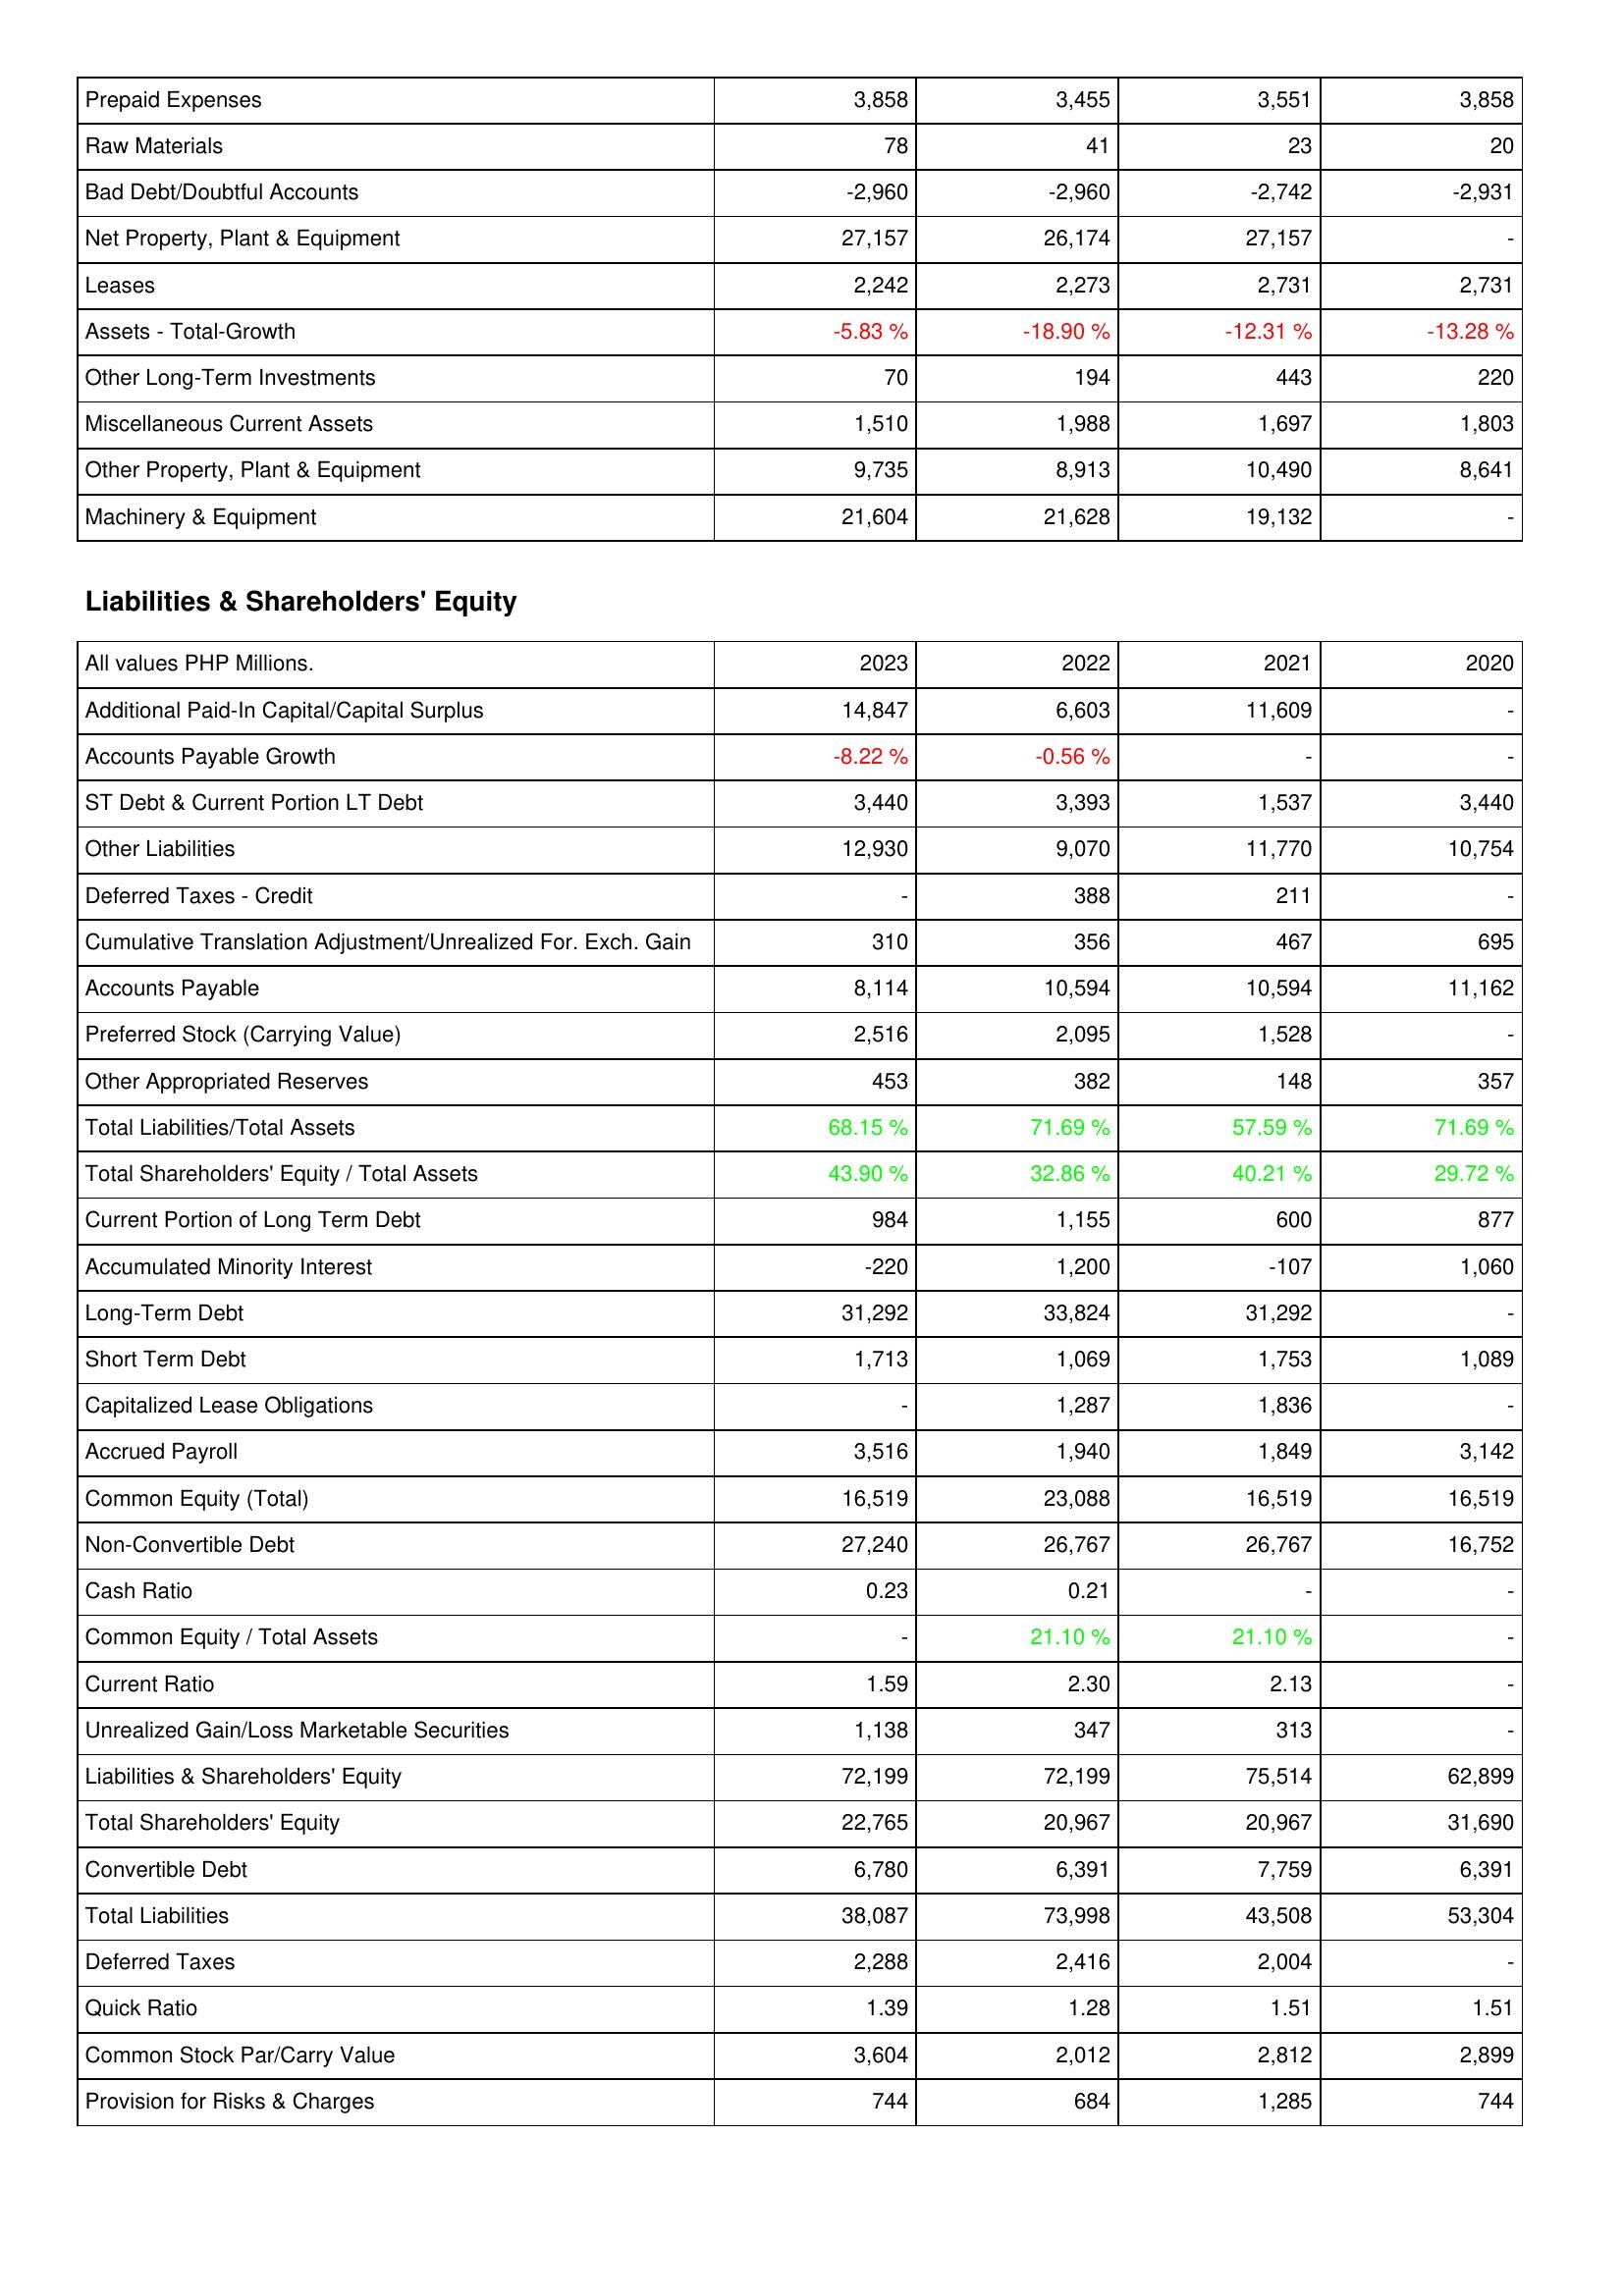
2023: Assets: Prepaid Expenses: 3,858
Raw Materials: 78
Bad Debt/Doubtful Accounts: -2,960
Net Property, Plant & Equipment: 27,157
Leases: 2,242
Assets - Total-Growth: -5.83 %
Other Long-Term Investments: 70
Miscellaneous Current Assets: 1,510
Other Property, Plant & Equipment: 9,735
Machinery & Equipment: 21,604
Liabilities & Shareholders' Equity: Additional Paid-In Capital/Capital Surplus: 14,847
Accounts Payable Growth: -8.22 %
ST Debt & Current Portion LT Debt: 3,440
Other Liabilities: 12,930
Deferred Taxes - Credit: -
Cumulative Translation Adjustment/Unrealized For. Exch. Gain: 310
Accounts Payable: 8,114
Preferred Stock (Carrying Value): 2,516
Other Appropriated Reserves: 453
Total Liabilities/Total Assets: 68.15 %
Total Shareholders' Equity / Total Assets: 43.90 %
Current Portion of Long Term Debt: 984
Accumulated Minority Interest: -220
Long-Term Debt: 31,292
Short Term Debt: 1,713
Capitalized Lease Obligations: -
Accrued Payroll: 3,516
Common Equity (Total): 16,519
Non-Convertible Debt: 27,240
Cash Ratio: 0.23
Common Equity / Total Assets: -
Current Ratio: 1.59
Unrealized Gain/Loss Marketable Securities: 1,138
Liabilities & Shareholders' Equity: 72,199
Total Shareholders' Equity: 22,765
Convertible Debt: 6,780
Total Liabilities: 38,087
Deferred Taxes: 2,288
Quick Ratio: 1.39
Common Stock Par/Carry Value: 3,604
Provision for Risks & Charges: 744
2022: Assets: Prepaid Expenses: 3,455
Raw Materials: 41
Bad Debt/Doubtful Accounts: -2,960
Net Property, Plant & Equipment: 26,174
Leases: 2,273
Assets - Total-Growth: -18.90 %
Other Long-Term Investments: 194
Miscellaneous Current Assets: 1,988
Other Property, Plant & Equipment: 8,913
Machinery & Equipment: 21,628
Liabilities & Shareholders' Equity: Additional Paid-In Capital/Capital Surplus: 6,603
Accounts Payable Growth: -0.56 %
ST Debt & Current Portion LT Debt: 3,393
Other Liabilities: 9,070
Deferred Taxes - Credit: 388
Cumulative Translation Adjustment/Unrealized For. Exch. Gain: 356
Accounts Payable: 10,594
Preferred Stock (Carrying Value): 2,095
Other Appropriated Reserves: 382
Total Liabilities/Total Assets: 71.69 %
Total Shareholders' Equity / Total Assets: 32.86 %
Current Portion of Long Term Debt: 1,155
Accumulated Minority Interest: 1,200
Long-Term Debt: 33,824
Short Term Debt: 1,069
Capitalized Lease Obligations: 1,287
Accrued Payroll: 1,940
Common Equity (Total): 23,088
Non-Convertible Debt: 26,767
Cash Ratio: 0.21
Common Equity / Total Assets: 21.10 %
Current Ratio: 2.30
Unrealized Gain/Loss Marketable Securities: 347
Liabilities & Shareholders' Equity: 72,199
Total Shareholders' Equity: 20,967
Convertible Debt: 6,391
Total Liabilities: 73,998
Deferred Taxes: 2,416
Quick Ratio: 1.28
Common Stock Par/Carry Value: 2,012
Provision for Risks & Charges: 684
2021: Assets: Prepaid Expenses: 3,551
Raw Materials: 23
Bad Debt/Doubtful Accounts: -2,742
Net Property, Plant & Equipment: 27,157
Leases: 2,731
Assets - Total-Growth: -12.31 %
Other Long-Term Investments: 443
Miscellaneous Current Assets: 1,697
Other Property, Plant & Equipment: 10,490
Machinery & Equipment: 19,132
Liabilities & Shareholders' Equity: Additional Paid-In Capital/Capital Surplus: 11,609
Accounts Payable Growth: -
ST Debt & Current Portion LT Debt: 1,537
Other Liabilities: 11,770
Deferred Taxes - Credit: 211
Cumulative Translation Adjustment/Unrealized For. Exch. Gain: 467
Accounts Payable: 10,594
Preferred Stock (Carrying Value): 1,528
Other Appropriated Reserves: 148
Total Liabilities/Total Assets: 57.59 %
Total Shareholders' Equity / Total Assets: 40.21 %
Current Portion of Long Term Debt: 600
Accumulated Minority Interest: -107
Long-Term Debt: 31,292
Short Term Debt: 1,753
Capitalized Lease Obligations: 1,836
Accrued Payroll: 1,849
Common Equity (Total): 16,519
Non-Convertible Debt: 26,767
Cash Ratio: -
Common Equity / Total Assets: 21.10 %
Current Ratio: 2.13
Unrealized Gain/Loss Marketable Securities: 313
Liabilities & Shareholders' Equity: 75,514
Total Shareholders' Equity: 20,967
Convertible Debt: 7,759
Total Liabilities: 43,508
Deferred Taxes: 2,004
Quick Ratio: 1.51
Common Stock Par/Carry Value: 2,812
Provision for Risks & Charges: 1,285
2020: Assets: Prepaid Expenses: 3,858
Raw Materials: 20
Bad Debt/Doubtful Accounts: -2,931
Net Property, Plant & Equipment: -
Leases: 2,731
Assets - Total-Growth: -13.28 %
Other Long-Term Investments: 220
Miscellaneous Current Assets: 1,803
Other Property, Plant & Equipment: 8,641
Machinery & Equipment: -
Liabilities & Shareholders' Equity: Additional Paid-In Capital/Capital Surplus: -
Accounts Payable Growth: -
ST Debt & Current Portion LT Debt: 3,440
Other Liabilities: 10,754
Deferred Taxes - Credit: -
Cumulative Translation Adjustment/Unrealized For. Exch. Gain: 695
Accounts Payable: 11,162
Preferred Stock (Carrying Value): -
Other Appropriated Reserves: 357
Total Liabilities/Total Assets: 71.69 %
Total Shareholders' Equity / Total Assets: 29.72 %
Current Portion of Long Term Debt: 877
Accumulated Minority Interest: 1,060
Long-Term Debt: -
Short Term Debt: 1,089
Capitalized Lease Obligations: -
Accrued Payroll: 3,142
Common Equity (Total): 16,519
Non-Convertible Debt: 16,752
Cash Ratio: -
Common Equity / Total Assets: -
Current Ratio: -
Unrealized Gain/Loss Marketable Securities: -
Liabilities & Shareholders' Equity: 62,899
Total Shareholders' Equity: 31,690
Convertible Debt: 6,391
Total Liabilities: 53,304
Deferred Taxes: -
Quick Ratio: 1.51
Common Stock Par/Carry Value: 2,899
Provision for Risks & Charges: 744